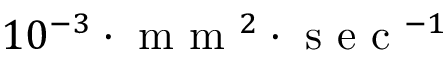
1 0 ^ { - 3 } \cdot \mathrm { ~ m ~ m ~ } ^ { 2 } \cdot \mathrm { ~ s ~ e ~ c ~ } ^ { - 1 }